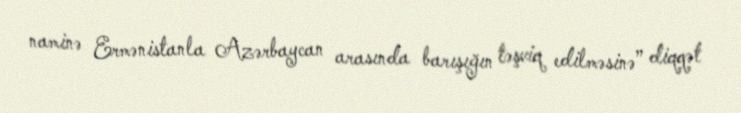
naminə Ermənistanla Azərbaycan arasında barışığın təşviq edilməsinə” diqqət